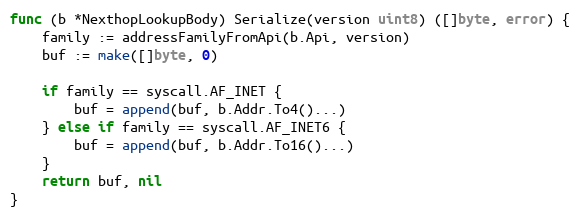
Language: Go
func (b *NexthopLookupBody) Serialize(version uint8) ([]byte, error) {
	family := addressFamilyFromApi(b.Api, version)
	buf := make([]byte, 0)

	if family == syscall.AF_INET {
		buf = append(buf, b.Addr.To4()...)
	} else if family == syscall.AF_INET6 {
		buf = append(buf, b.Addr.To16()...)
	}
	return buf, nil
}